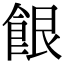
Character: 䬶